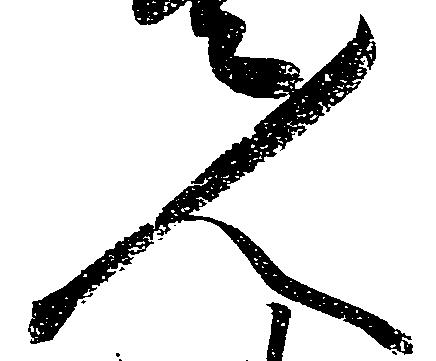
人